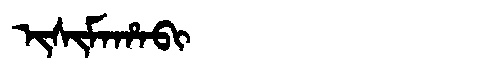
Manchu: ᡳᠰᡳᠮᠠᡥᠠᠪᡳ
Romanization: ISIMAHABI